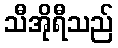
သီအိုရီသည်